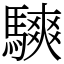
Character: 騻